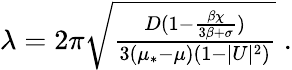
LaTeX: \begin{array}{r}{\lambda=2\pi\sqrt{\frac{D(1-\frac{\beta\chi}{3\beta+\sigma})}{3(\mu_{*}-\mu)(1-|U|^{2})}}\; .}\end{array}